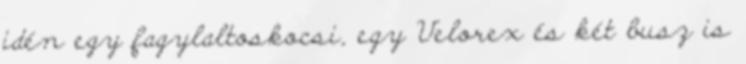
idén egy fagylaltoskocsi, egy Velorex és két busz is